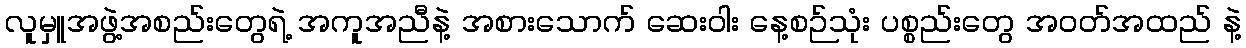
လူမှူအဖွဲ့အစည်းတွေရဲ့ အကူအညီနဲ့ အစားသောက် ဆေးဝါး နေ့စဉ်သုံး ပစ္စည်းတွေ အဝတ်အထည် နဲ့